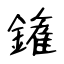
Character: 𨫝